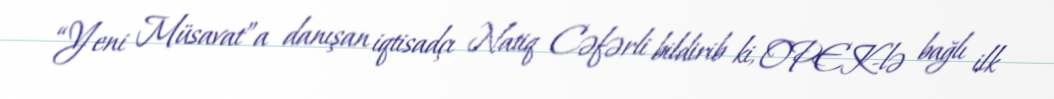
“Yeni Müsavat”a danışan iqtisadçı Natiq Cəfərli bildirib ki, OPEK-lə bağlı ilk